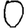
Digit: 0